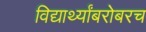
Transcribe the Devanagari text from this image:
विद्यार्थ्यांबरोबरच